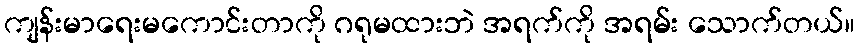
ကျန်းမာရေးမကောင်းတာကို ဂရုမထားဘဲ အရက်ကို အရမ်း သောက်တယ်။